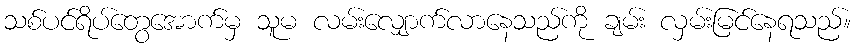
သစ်ပင်ရိပ်တွေအောက်မှ သူမ လမ်းလျှောက်လာနေသည်ကို ချမ်း လှမ်းမြင်နေရသည်။